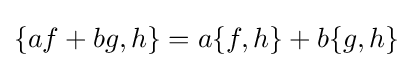
\{af+bg,h\}=a\{f,h\}+b\{g,h\}